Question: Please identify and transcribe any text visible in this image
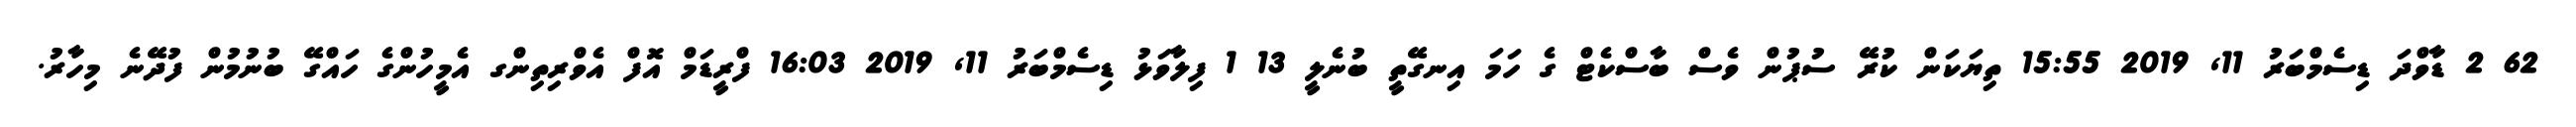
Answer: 62 2 ޑާވްދަ ޑިސެމްބަރު 11, 2019 15:55 ތިޔަކަން ކުރޭ ސުޕުން ވެސް ބާސްކެޓް ގެ ހަމަ އިނގޭތީ ބުނެލީ 13 1 ފިލާވަޅު ޑިސެމްބަރު 11, 2019 16:03 ފްރީޑަމް އޮފް އެވްރިތިންގ އެމީހުންގެ ހައްގޭ ބުނުމުން ފުދޭނެ މިހާރު.